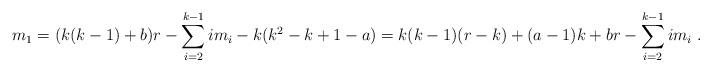
LaTeX: \begin{align*} m_{1}=(k(k-1)+b)r-\sum^{k-1}_{i=2}im_{i}-k(k^{2}-k+1-a)=k(k-1)(r-k)+(a-1)k+br-\sum^{k-1}_{i=2}im_{i}\;. \end{align*}